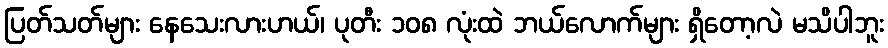
ပြတ်သတ်များ နေသေးလားဟယ်၊ ပုတီး ၁၀၈ လုံးထဲ ဘယ်လောက်များ ရှိတော့လဲ မသိပါဘူး